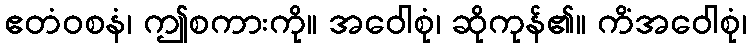
ဧတံဝစနံ၊ ဤစကားကို။ အဝေါစုံ၊ ဆိုကုန်၏။ ကိံအဝေါစုံ၊